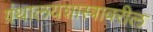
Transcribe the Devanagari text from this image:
ग्रंथालयशास्त्रावरील